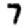
Digit: 7